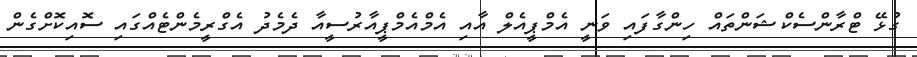
ގުޅޭ ޓްރާންސެކްޝަންތައް ހިންގާފައި ވަނީ އެމްޕީއެލް އާއި އެމްއެމްޕީއާރުސީއާ ދެމެދު އެގްރީމެންޓެއްގައި ސޮއިކޮށްގެން